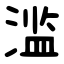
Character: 滥